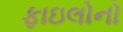
ફાઇલોનો